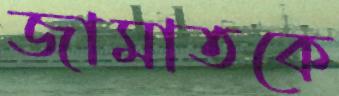
জামাতকে